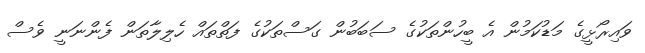
ވައިރޯޅީގެ މަޑުކަމުން އެ ބީހުންތަކުގެ ސަބަބުން ގަސްތަކުގެ ފަތްތައް ހެލިލާތަން ފެންނަނީ ވެސް